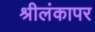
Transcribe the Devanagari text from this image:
श्रीलंकापर